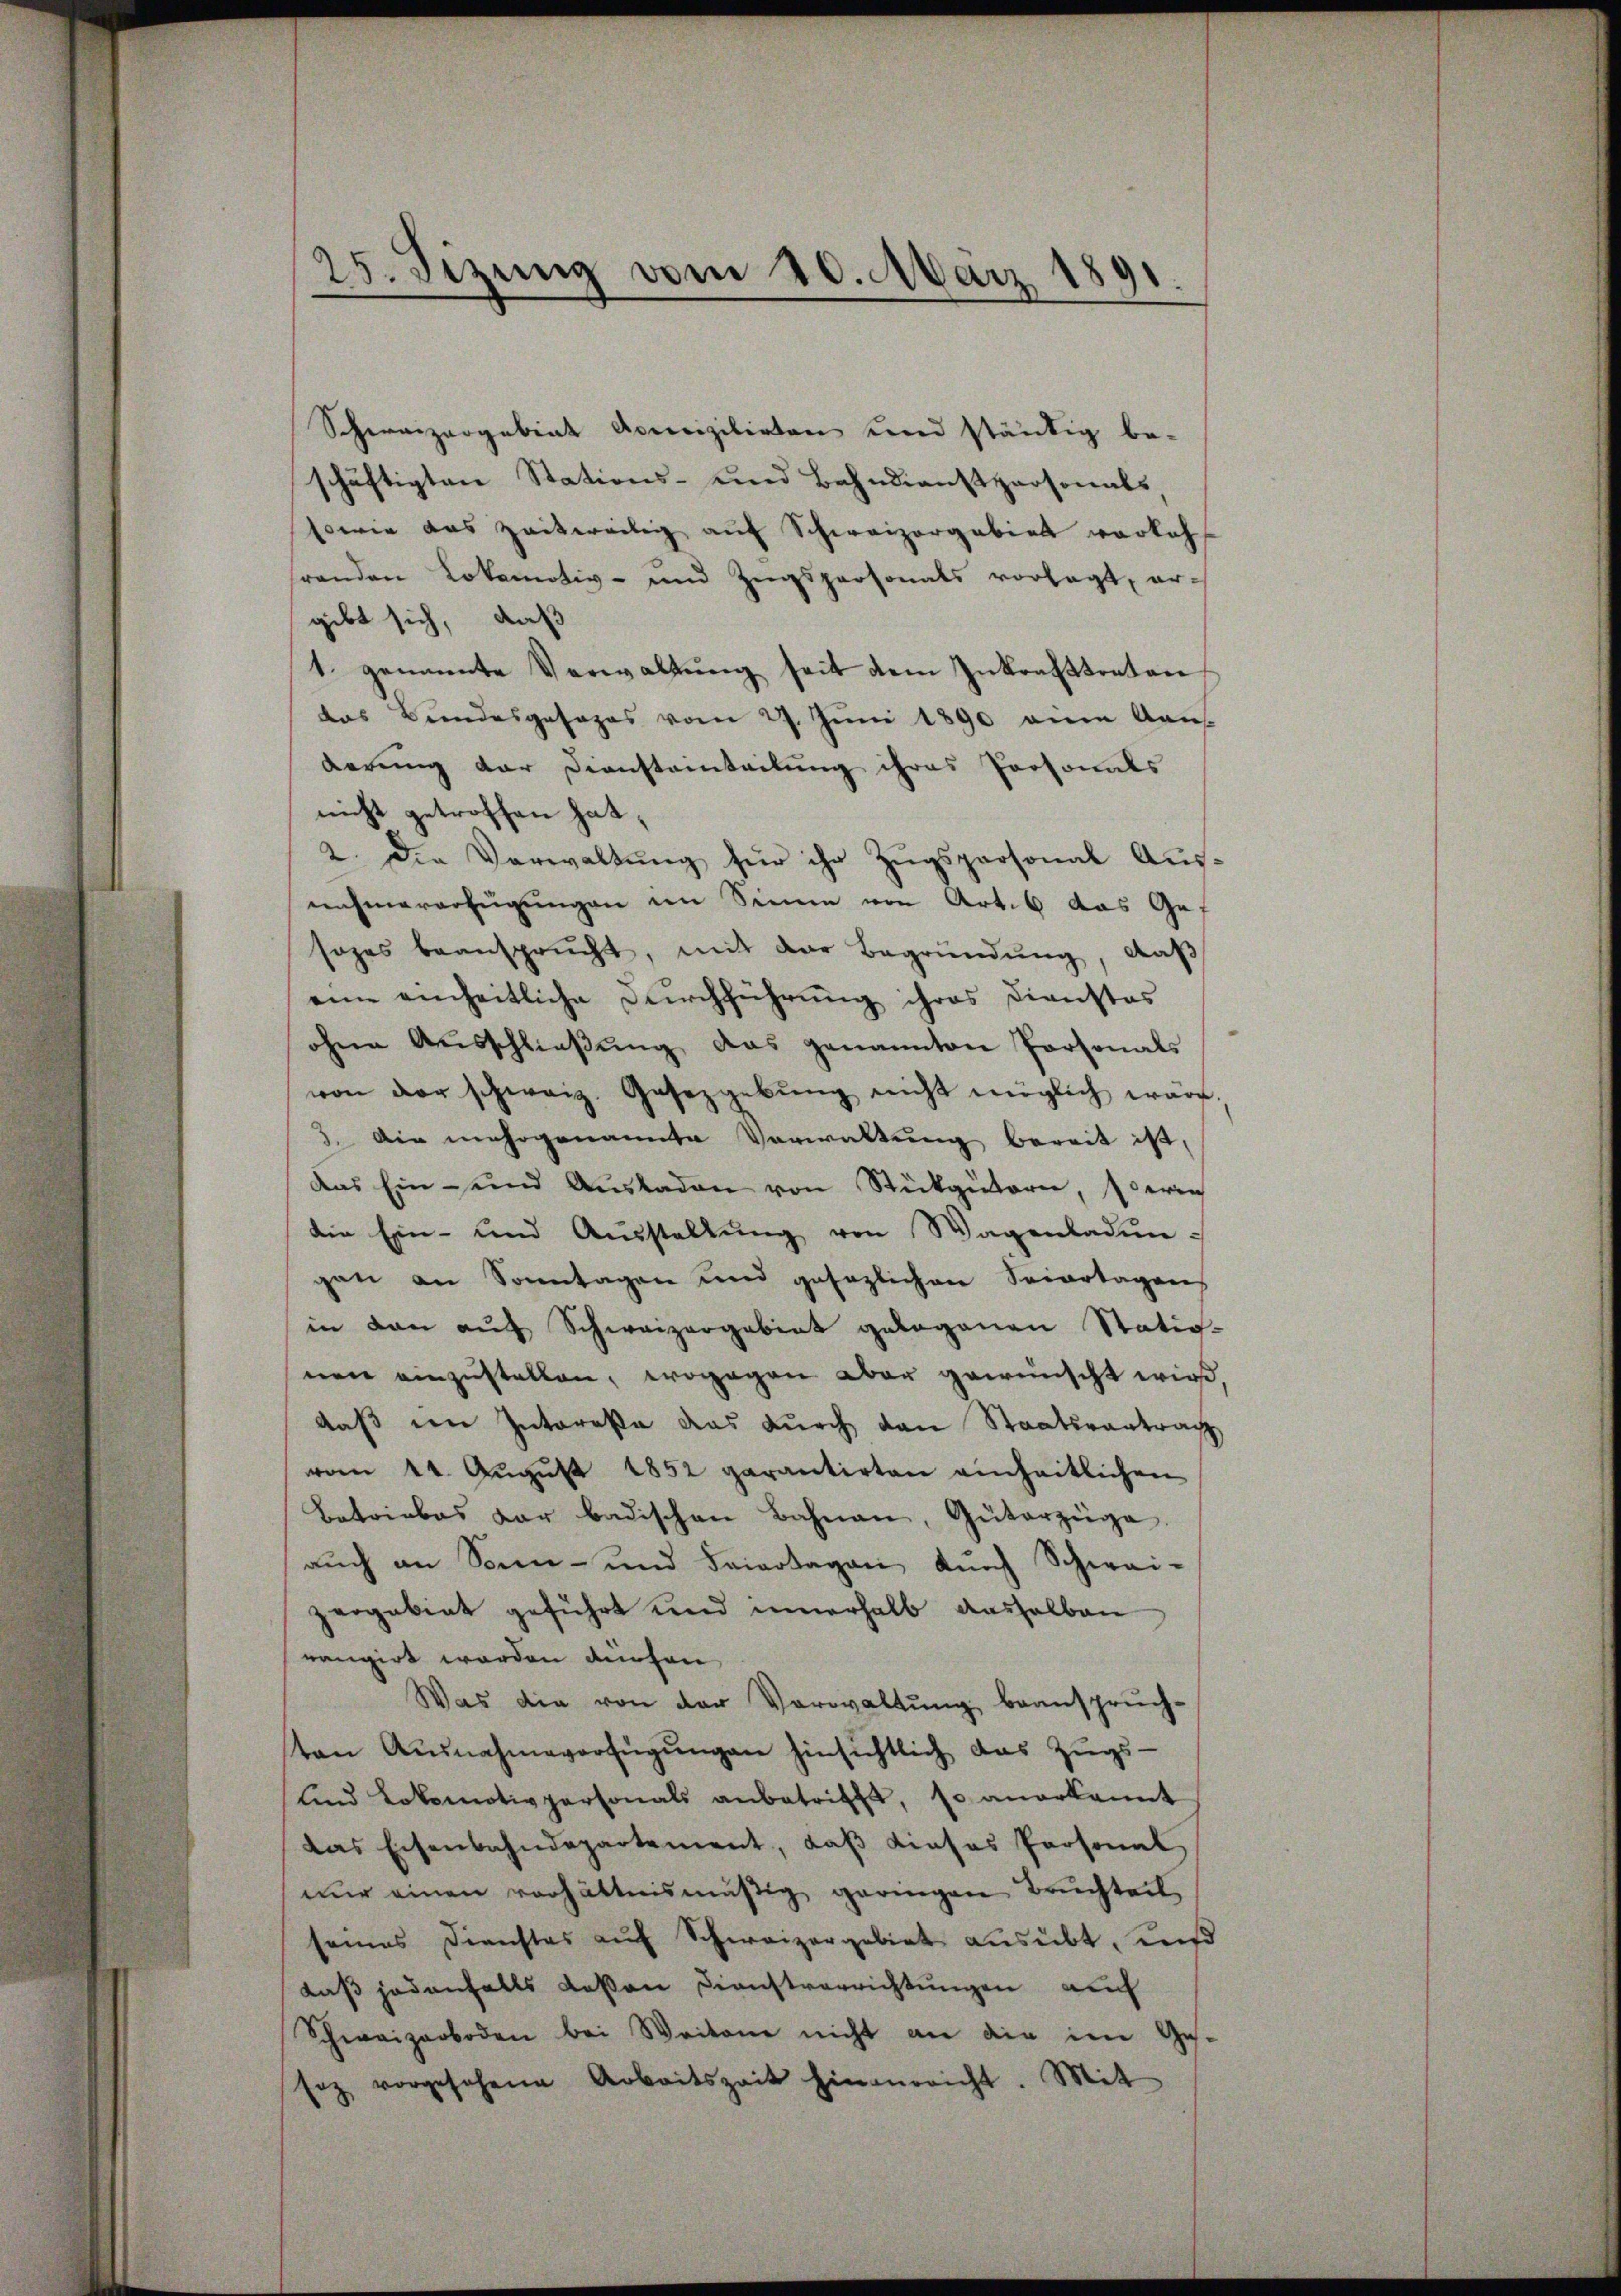
25. Sizung vom 20. März 1891.

Schweizergebiet domizilirten und ständig be-
schäftigten Stations- und Bahndienstpersonals,
sowie das zeitweilig auf Schweizorgabiet vorkeh
renden Lokomotiv- und Zugspersonals vorlagt, ergibt sich, daß
1. genannte Verwaltŭng seit dem Inkrafttreten
das Bundesgesages vom 27. Jŭni 1890 eine Kan
derung der Diensteinteilung ihres Personals
nicht getroffen hat,
2. Die Verwaltung für ihr Zugspersonal Ausnahmeverfügungen im Sinnen von Art. 6 das Gesages beansprucht, mit der Begründung, daß
eine einheitliche Durchführung ihres Dienstos
ohne Aŭsschlieβŭng das genannten Personals
von der schweiz. Gesetzgebŭng nicht möglich wäre,
3. Die mehrgenannte Verwaltung bereit ist,
Das Ein- und Aŭsladen von Stükgütern, deren
die Ein- und Aŭsstellŭng von Wagenladen-
gen an Sonntagen und gesezlichen Seiortagen
in den aŭf Schweizergebiet gelegenen Stätig-
nen einzustellen, wogegen aber gewünscht wird
daß eine Intereße das durch den Staatsantrag
vom 14. Aŭgŭst 1852 garantirten einheitlichen
Betriebes dar badischen Bahnen, Güterzüge.
aŭch an Sonn- und Friertagen dŭrch Schwai-
zergebiet geführt und innerhalb aushalben
rangirt worden auchen
Was die von der Verwaltŭng, beanspruch-
ton Ausnahmeverfügŭngen hinsichtlich das Zugs-
ŭnd Lokomotivpersonals anbetrifft, so anerkannt
das Eisenbahndepartement, daβ dieses Personal
nŭr einen verhältnismäßig geringen Bruchteil,
seines Dienstes aŭf Schweizergebiet aŭsübt, und
daß jedenfalls deßen Dienstverrichtungen auf
Schweizerboden bei Weitene nicht an die im Ge-
sez vorgesehene Arbeitszeit hinausricht. Mit